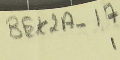
BEK2A-17 1